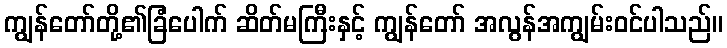
ကျွန်တော်တို့၏ခြံပေါက် ဆိတ်မကြီးနှင့် ကျွန်တော် အလွန်အကျွမ်းဝင်ပါသည်။